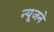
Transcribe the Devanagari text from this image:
न्यूजने